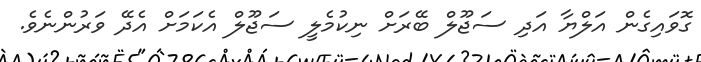
ގޮވައިގެން އަލްޔާ އަދި ސަޖޫލް ބޭރަށް ނިކުމެލީ ސަޖޫލް އެކަމަށް އެދޭ ވަރުންނެވެ.